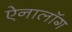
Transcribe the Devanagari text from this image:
ऐनालॉग